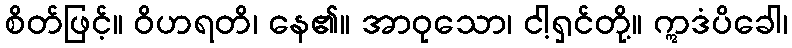
စိတ်ဖြင့်။ ဝိဟရတိ၊ နေ၏။ အာဝုသော၊ ငါ့ရှင်တို့။ ဣဒံပိခေါ၊